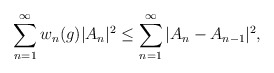
\begin{align*}{}\displaystyle\sum_{n=1}^{\infty} w_n(g)|A_n|^{2}&\leq \displaystyle\sum_{n=1}^{\infty}| A_n-A_{n-1}|^{2},\end{align*}